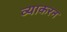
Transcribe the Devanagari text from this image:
व्याकरन